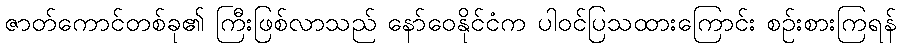
ဇာတ်ကောင်တစ်ခု၏ ကြီးဖြစ်လာသည် နော်ဝေနိုင်ငံက ပါဝင်ပြသထားကြောင်း စဉ်းစားကြရန်